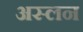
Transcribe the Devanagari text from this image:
अस्लन